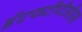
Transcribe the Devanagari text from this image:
ईएफटीपीओएस